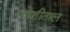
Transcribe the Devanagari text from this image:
जोशीताल